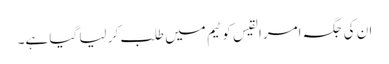
ان کی جگہ امرالقیس کو ٹیم میں طلب کر لیا گیا ہے۔